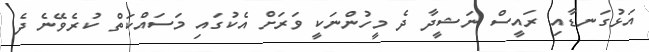
އަޅުގަނޑާއި ރައީސް ނަޝީދާ ދެ މީހުންނަކީ ވަރަށް އެކުގައި މަސައްކަތް ކުރެވޭނެ ދެ